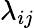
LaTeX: \lambda_{ij}